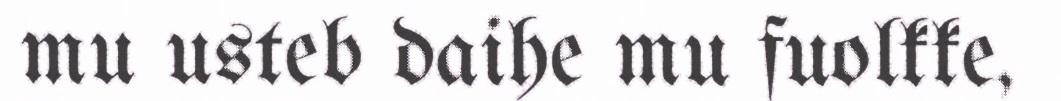
mu usteb daihe mu fuolkke,